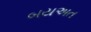
બયઅત